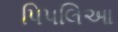
પિપલિઆ